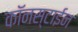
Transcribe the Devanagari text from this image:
कॉनस्टाईन